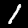
Label: 1